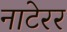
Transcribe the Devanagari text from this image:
नाटेरर